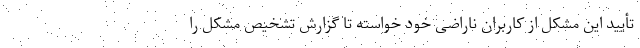
تأیید این مشکل از کاربران ناراضی خود خواسته تا گزارش تشخیص مشکل را